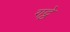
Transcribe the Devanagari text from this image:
गट्ठे